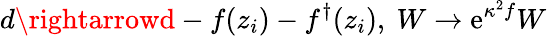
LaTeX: d\rightarrowd-f(z_{i})-f^{\dagger}(z_{i}),~W\rightarrow\mathrm{e}^{\kappa^{2}f}W